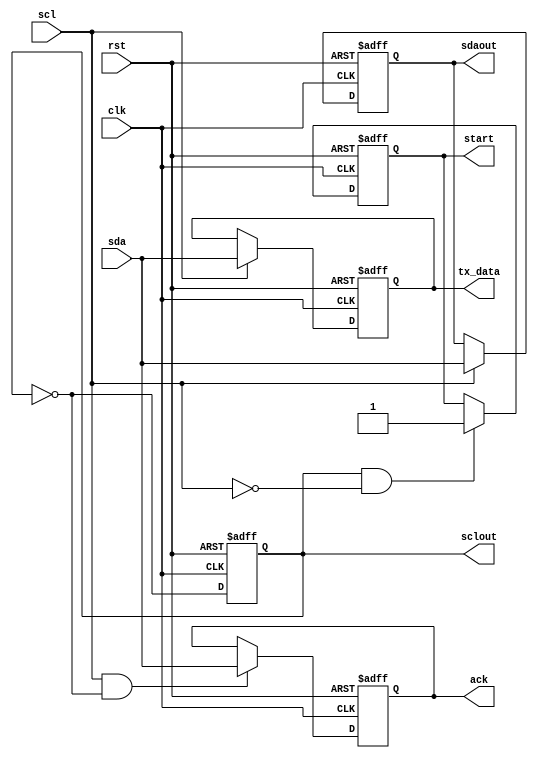
module i2c_timing_control (
    input wire clk,
    input wire rst,
    input wire scl,
    input wire sda,
    output reg sclout,
    output reg sdaout,
    output reg start,
    output reg ack,
    output reg tx_data
);

// Clock generator module
always @(posedge clk or posedge rst) begin
    if (rst) begin
        sclout <= 0;
    end else begin
        sclout <= ~sclout;
    end
end

// Clock recovery module
always @(posedge clk or posedge rst) begin
    if (rst) begin
        sdaout <= 0;
    end else begin
        if (scl) begin
            sdaout <= sda;
        end
    end
end

// Edge detection and data sampling module
always @(posedge clk or posedge rst) begin
    if (rst) begin
        start <= 0;
        ack <= 0;
        tx_data <= 0;
    end else begin
        if (sclout && ~scl) begin
            start <= 1;
        end
        if (scl && ~sclout) begin
            ack <= sda;
        end
        if (scl) begin
            tx_data <= sda;
        end
    end
end

endmodule